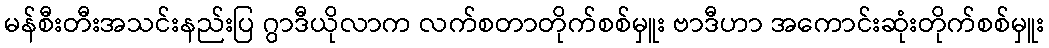
မန်စီးတီးအသင်းနည်းပြ ဂွာဒီယိုလာက လက်စတာတိုက်စစ်မှူး ဗာဒီဟာ အကောင်းဆုံးတိုက်စစ်မှူး